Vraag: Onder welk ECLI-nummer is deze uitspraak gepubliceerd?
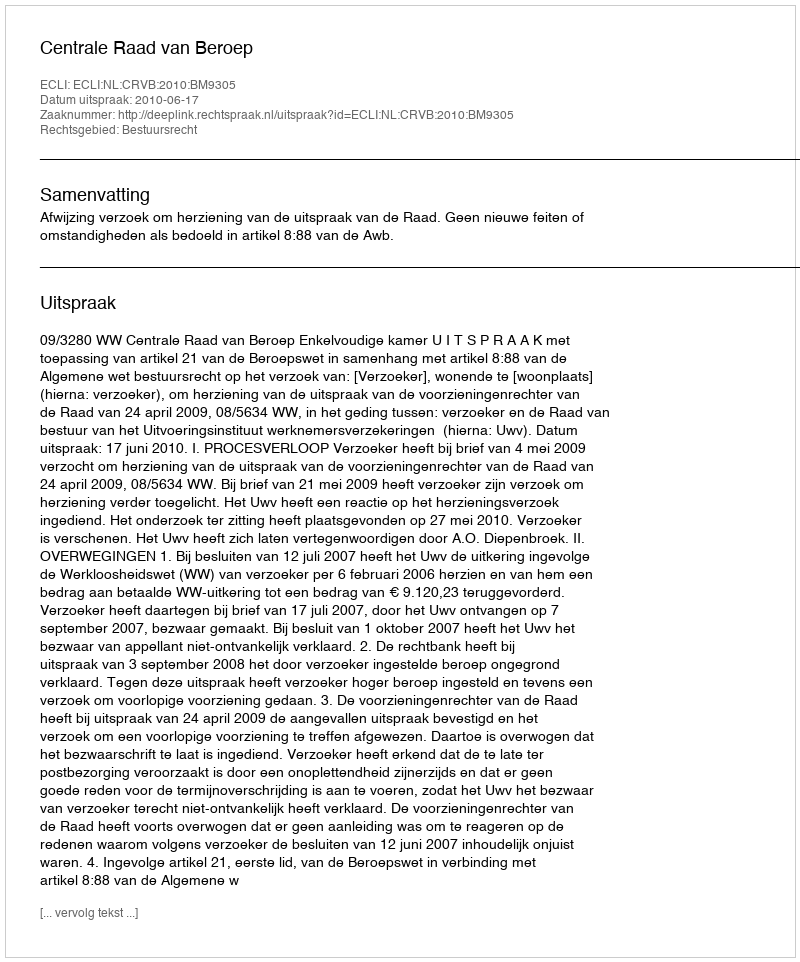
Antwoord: ECLI:NL:CRVB:2010:BM9305